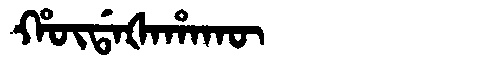
Manchu: ᡥᡡᡩᠠᡧᠠᡥᠠᡴᡡ
Romanization: HŪDAŠAHAKŪ